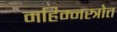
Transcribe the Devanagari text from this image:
महिम्नस्त्रोत